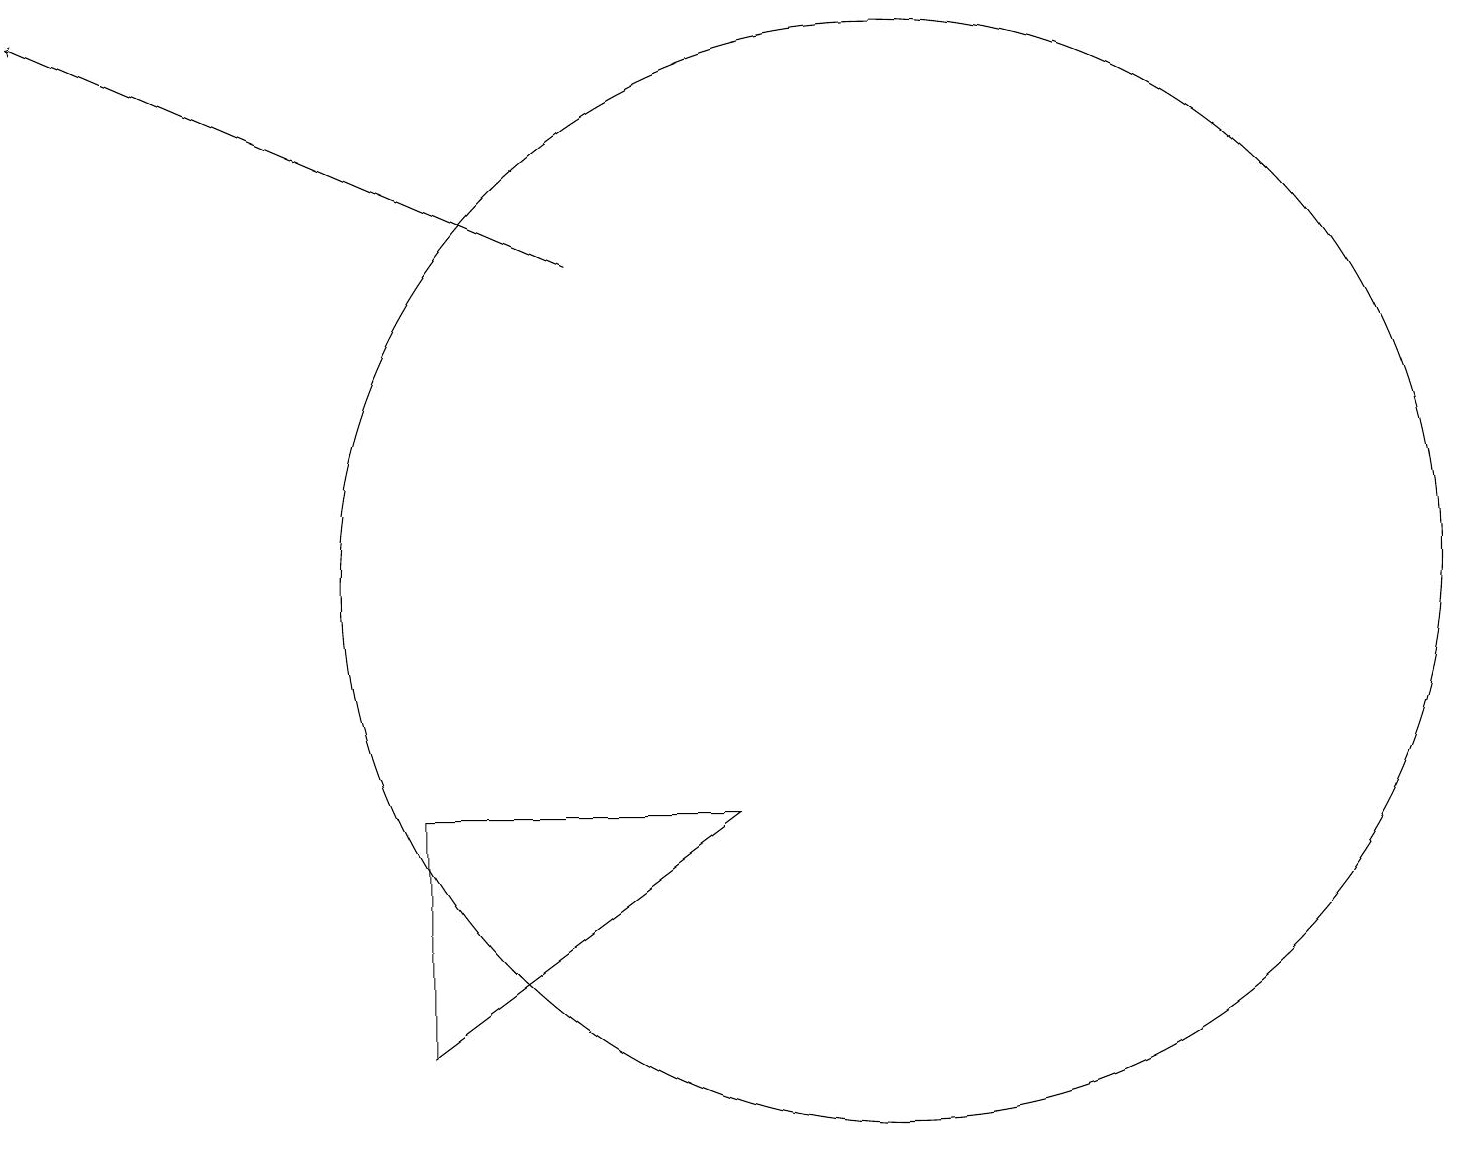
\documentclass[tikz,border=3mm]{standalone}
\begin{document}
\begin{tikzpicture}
\draw (5,9) -- (5,6) -- (9,9) -- cycle;
\draw (11,12) circle (7);
\draw[->] (7,16) -- (0,19);
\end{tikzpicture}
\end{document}